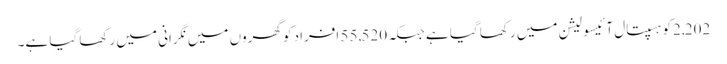
2,202کو ہسپتال آئیسولیشن میں رکھا گیا ہے جبکہ 55,520 اَفراد کو گھروں میں نگرانی میں رکھا گیا ہے۔